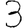
Digit: 3